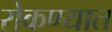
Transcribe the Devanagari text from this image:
रोकण्यात